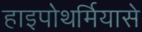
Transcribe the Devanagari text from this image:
हाइपोथर्मियासे